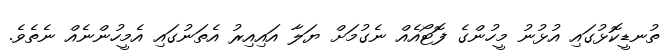
ތުނޑީކޮޅުގައި އުޅުނު މީހުންގެ ފޮޓޯއެއް ނެގުމަށް ޔަލާ އައިއިރު އެތަނުގައި އެމީހުންނެއް ނެތެވެ.